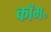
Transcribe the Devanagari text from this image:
कॉम॰